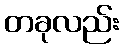
တခုလည်း